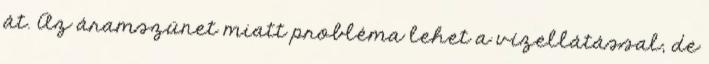
át. Az áramszünet miatt probléma lehet a vízellátással, de